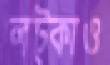
লট্‌কাও